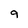
Character: 9